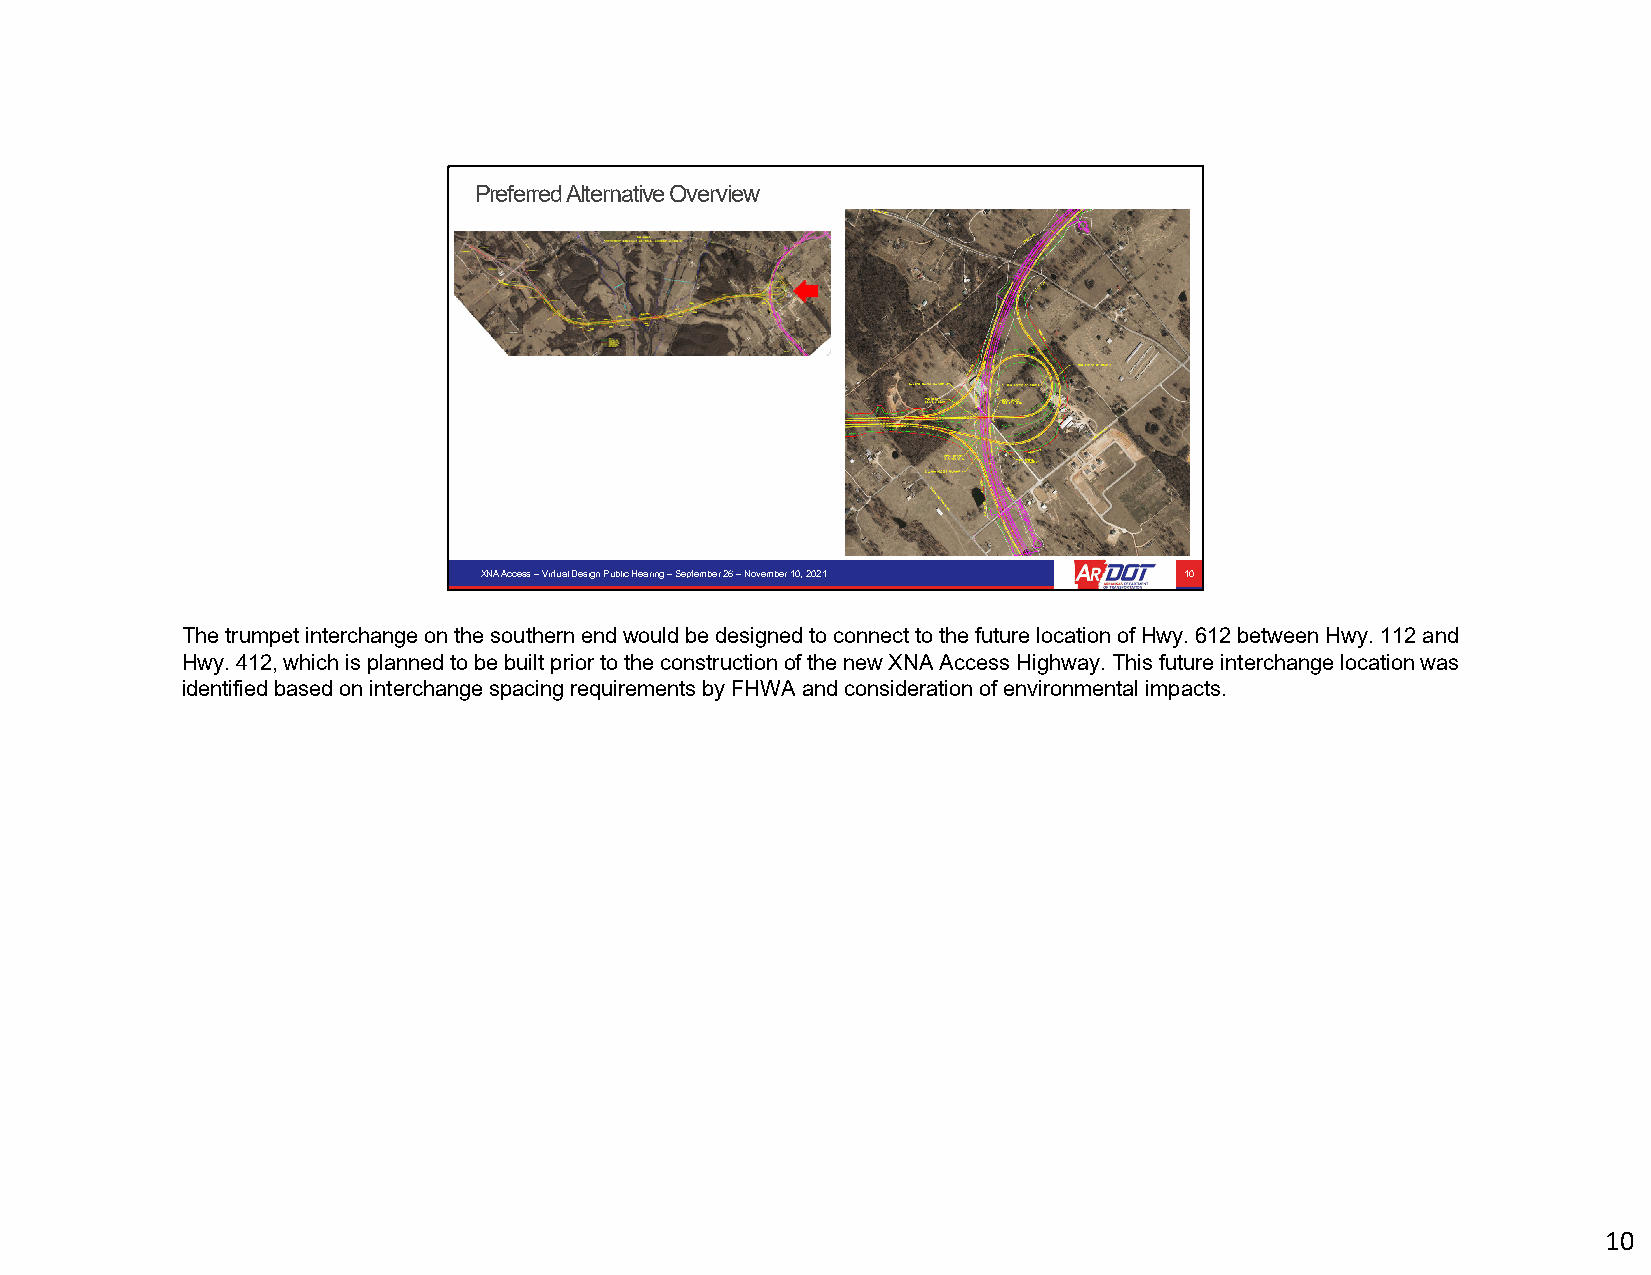
Preferred Alternative Overview
 XNA Access –Virtual Design Public Hearing –September 26 –November 10, 2021 10
 The trumpet interchange on the southern end would be designed to connect to the future location of Hwy. 612 between Hwy. 112 and
 Hwy. 412, which is planned to be built prior to the construction of the new XNA Access Highway. This future interchange locationwas
 identified based on interchange spacing requirements by FHWA and consideration of environmental impacts.
 10